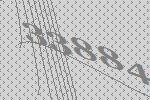
33884